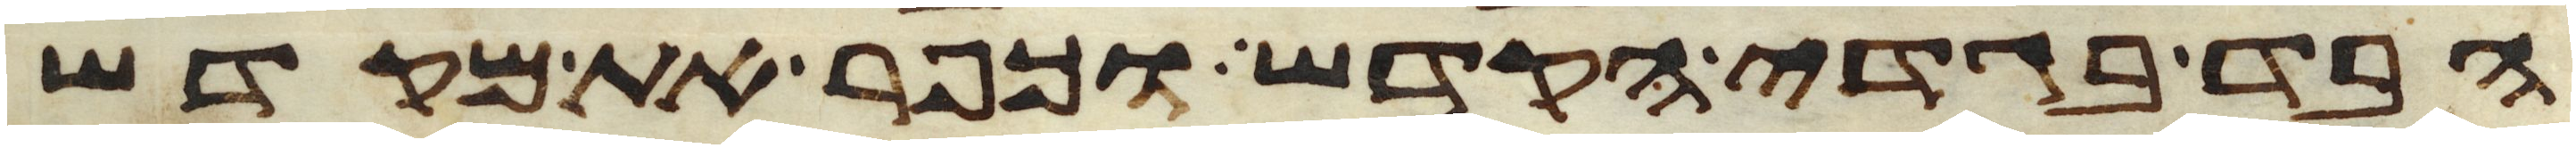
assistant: הבד בגדי הקדש וכפר את מקדש